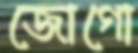
জোগো